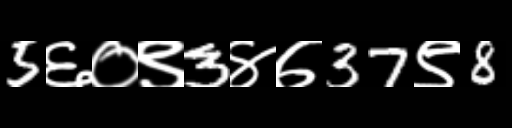
Text: 5६०९3४७37९8